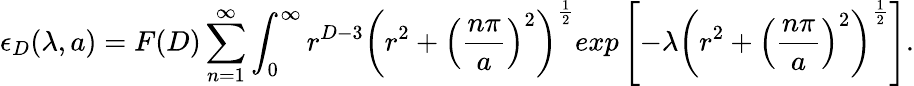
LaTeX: \epsilon_{D}(\lambda,a)=F(D)\sum_{n=1}^{\infty}\int_{0}^{\infty}r^{D-3}\left(r^{2}+\left(\frac{n\pi}{a}\right)^{2}\right)^{\frac{1}{2}}exp\left[-\lambda\left(r^{2}+\left(\frac{n\pi}{a}\right)^{2}\right)^{\frac{1}{2}}\right].